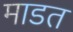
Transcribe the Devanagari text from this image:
माडत